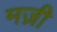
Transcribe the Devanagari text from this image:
मज़ी